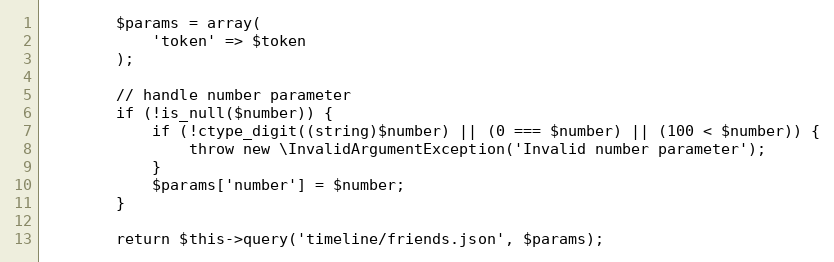
Language: PHP
        $params = array(
            'token' => $token
        );

        // handle number parameter
        if (!is_null($number)) {
            if (!ctype_digit((string)$number) || (0 === $number) || (100 < $number)) {
                throw new \InvalidArgumentException('Invalid number parameter');
            }
            $params['number'] = $number;
        }

        return $this->query('timeline/friends.json', $params);